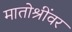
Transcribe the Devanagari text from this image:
मातोश्रींवर